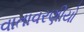
વાતાવરણીયો